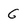
Character: G